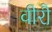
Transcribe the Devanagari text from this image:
वीरौ